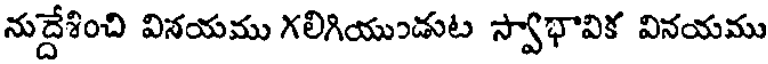
నుద్దేశించి వినయము గలిగియుండుట స్వాభావిక వినయము